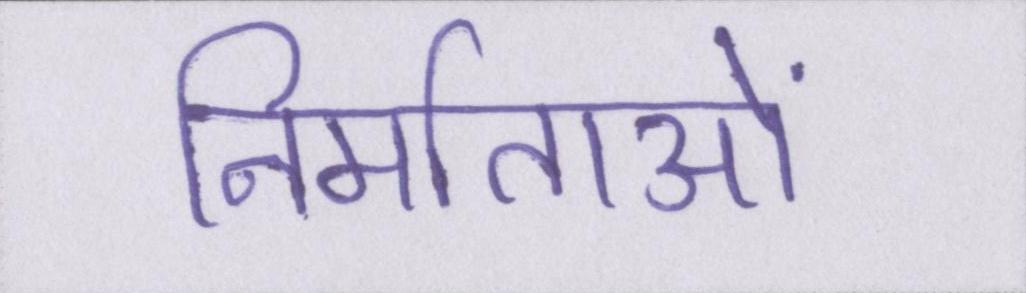
निर्माताओं